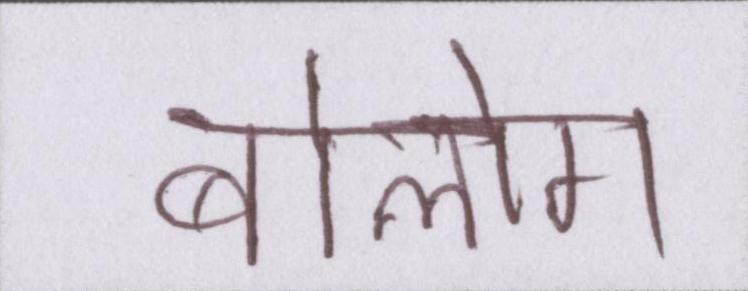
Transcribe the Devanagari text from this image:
बोलोगे